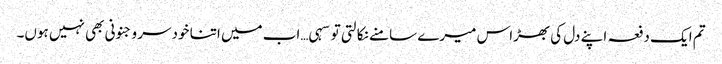
تم ایک دفعہ اپنے دل کی بھڑاس میرے سامنے نکالتی تو سہی…اب میں اتنا خودسر و جنونی بھی نہیں ہوں۔